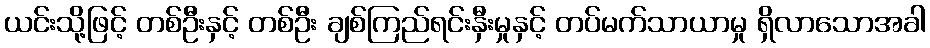
ယင်းသို့ဖြင့် တစ်ဦးနှင့် တစ်ဦး ချစ်ကြည်ရင်းနှီးမှုနှင့် တပ်မက်သာယာမှု ရှိလာသောအခါ